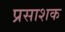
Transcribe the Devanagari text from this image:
प्रसाशक